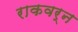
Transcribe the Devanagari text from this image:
राकवर्न